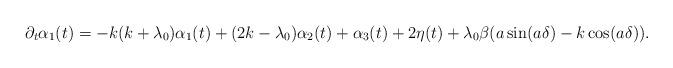
LaTeX: \begin{align*}\partial_t \alpha_1(t)=-k(k+\lambda_0)\alpha_1(t)+(2k-\lambda_0)\alpha_2(t)+\alpha_3(t)+2\eta(t)+\lambda_0\beta(a\sin(a\delta)-k\cos(a\delta)).\end{align*}